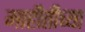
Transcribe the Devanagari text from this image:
माहीतीच्या